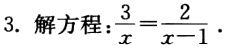
3. 解方程：$\frac{3}{x}=\frac{2}{x - 1}$.